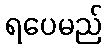
ရပေမည်